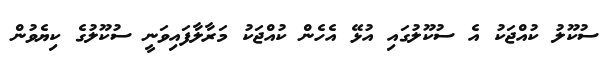
ސުކޫލު ކުއްޖަކު އެ ސުކޫލުގައި އުޅޭ އެހެން ކުއްޖަކު މަރާލާފައިވަނީ ސުކޫލުގެ ކިޔެވުން